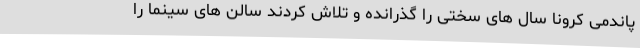
پاندمی کرونا سال های سختی را گذرانده و تلاش کردند سالن های سینما را